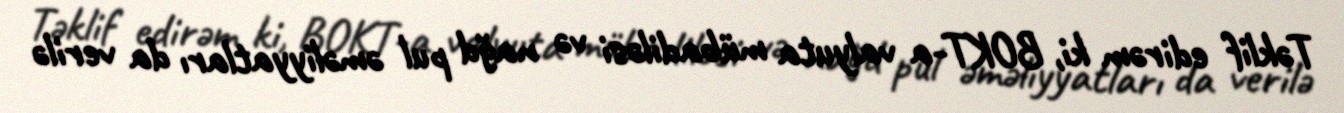
Təklif edirəm ki, BOKT-a valyuta mübadiləsi və nağd pul əməliyyatları da verilə